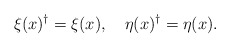
\begin{align*}\xi(x)^{\dagger}=\xi(x), \ \ \ \eta(x)^{\dagger}=\eta(x).\end{align*}